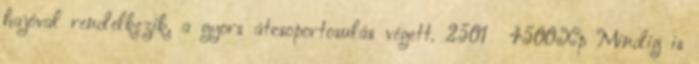
hajóval rendelkezik, a gyors átcsoportosulás végett. 2501 4500Xp Mindig is